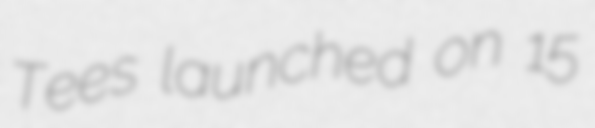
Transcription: Tees launched on 15